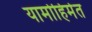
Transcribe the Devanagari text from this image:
यामोहिमेत